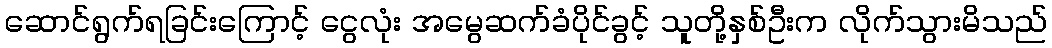
ဆောင်ရွက်ရခြင်းကြောင့် ငွေလုံး အမွေဆက်ခံပိုင်ခွင့် သူတို့နှစ်ဦးက လိုက်သွားမိသည်